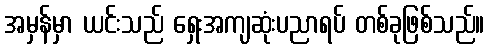
အမှန်မှာ ယင်းသည် ရှေးအကျဆုံးပညာရပ် တစ်ခုဖြစ်သည်။